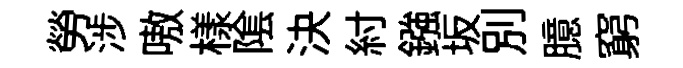
勞涉嗷樣隂決紂鏹坂別臆窮